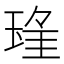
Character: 𱯃